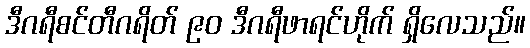
ဒီဂရီစင်တီဂရိတ် ၉၀ ဒီဂရီဖာရင်ဟိုက် ရှိလေသည်။